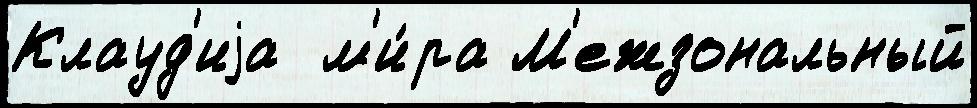
Клауд'иjа  м'и́ра М'ежзональный